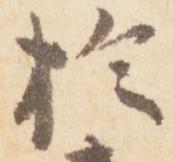
於